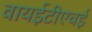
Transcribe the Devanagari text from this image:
वायईटीएचई